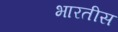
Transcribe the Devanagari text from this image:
भारतीस